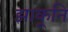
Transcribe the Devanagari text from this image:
झाकूनि